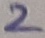
Text: 2